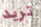
تريد